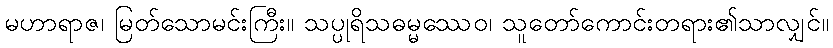
မဟာရာဇ၊ မြတ်သောမင်းကြီး။ သပ္ပုရိသဓမ္မဿေဝ၊ သူတော်ကောင်းတရား၏သာလျှင်။